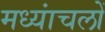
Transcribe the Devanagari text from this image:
मध्यांचलों